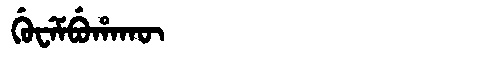
Manchu: ᡤᡠᠸᡝᠮᠪᡠᡥᠠᡴᡡ
Romanization: GUWEMBUHAKŪ